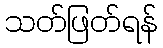
သတ်ဖြတ်ရန်